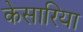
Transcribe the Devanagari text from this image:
केसारिया